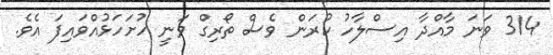
314 ވަނަ މާއްދާ އިސްލާހު ކުރަން ވެސް ތޯރިގް ވަނީ ހުށަހަޅުއްވައިފަ އެވެ.